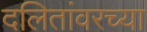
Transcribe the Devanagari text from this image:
दलितांवरच्या